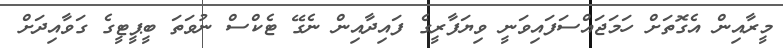
މީރާއިން އެގޮތަށް ހަމަޖައްސަފައިވަނީ ވިޔަފާރީގެ ފައިދާއިން ނެގޭ ޓެކްސް ނުވަތަ ބީޕީޓީގެ ގަވާއިދަށް